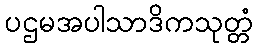
ပဌမအပါသာဒိကသုတ္တံ